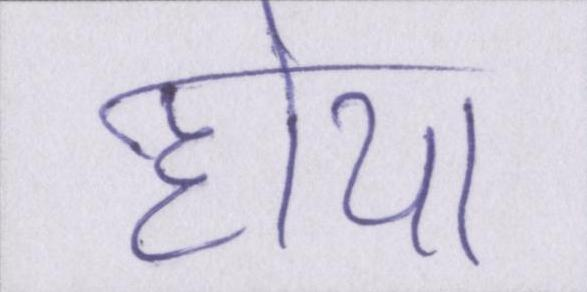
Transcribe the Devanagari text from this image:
होया